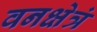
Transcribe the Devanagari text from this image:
वनक्षेत्रं